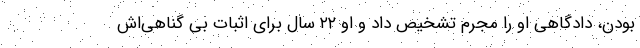
بودن، دادگاهی او را مجرم تشخیص داد و او ۲۲ سال برای اثبات بی گناهی‌اش